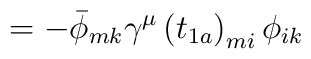
\qquad\qquad\qquad\qquad\qquad\qquad\qquad\qquad\qquad=-\bar{\phi}_{mk}\gamma^\mu\left(t_{1a}\right)_{mi}\phi_{ik}